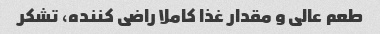
طعم عالی و مقدار غذا کاملا راضی کننده، تشکر